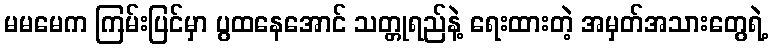
မမမေက ကြမ်းပြင်မှာ ပွထနေအောင် သတ္တုရည်နဲ့ ရေးထားတဲ့ အမှတ်အသားတွေရဲ့